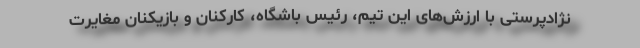
نژادپرستی با ارزش‌های این تیم، رئیس باشگاه، کارکنان و بازیکنان مغایرت